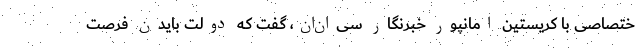
ختصاصی با کریستین امانپور خبرنگار سی‌ان‌ان، گفت که دولت بایدن فرصت